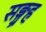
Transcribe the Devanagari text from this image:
सङ्ग्रह